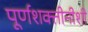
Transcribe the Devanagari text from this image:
पूर्णशक्तीनीशी